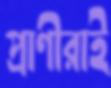
প্রাণীরাই